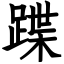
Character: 蹀